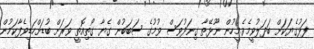
ފަޅުގެޔަކަށް ބަދަލުވީމެވެ.މީހުން ނޫޅޭތާ ގިނަދުވަސް ވުމުގެ ސަބަބުން ގެޔާ ގޯތިއޮތީ ވަރަށް ބުޑަށްހަޑިވެފާކަމުން